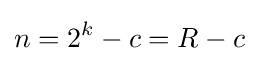
n=2^{k}-c=R-c